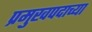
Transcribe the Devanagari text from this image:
प्रमुखपदाच्या